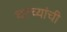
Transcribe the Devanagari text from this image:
घरच्यांची